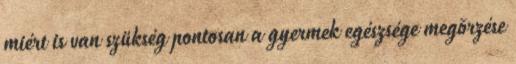
miért is van szükség pontosan a gyermek egészsége megõrzése